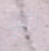
التي